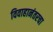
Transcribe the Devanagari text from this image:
विवाहानंतरचा